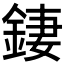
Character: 𨧬